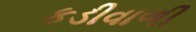
કડીવાળી